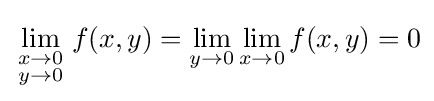
\lim _{\begin{smallmatrix}x\to 0\\y\to 0\end{smallmatrix}}f(x,y)=\lim _{y\to 0}\lim _{x\to 0}f(x,y)=0